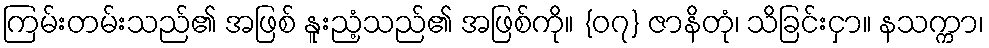
ကြမ်းတမ်းသည်၏ အဖြစ် နူးညံ့သည်၏ အဖြစ်ကို။ {၀၇} ဇာနိတုံ၊ သိခြင်းငှာ။ နသက္ကာ၊